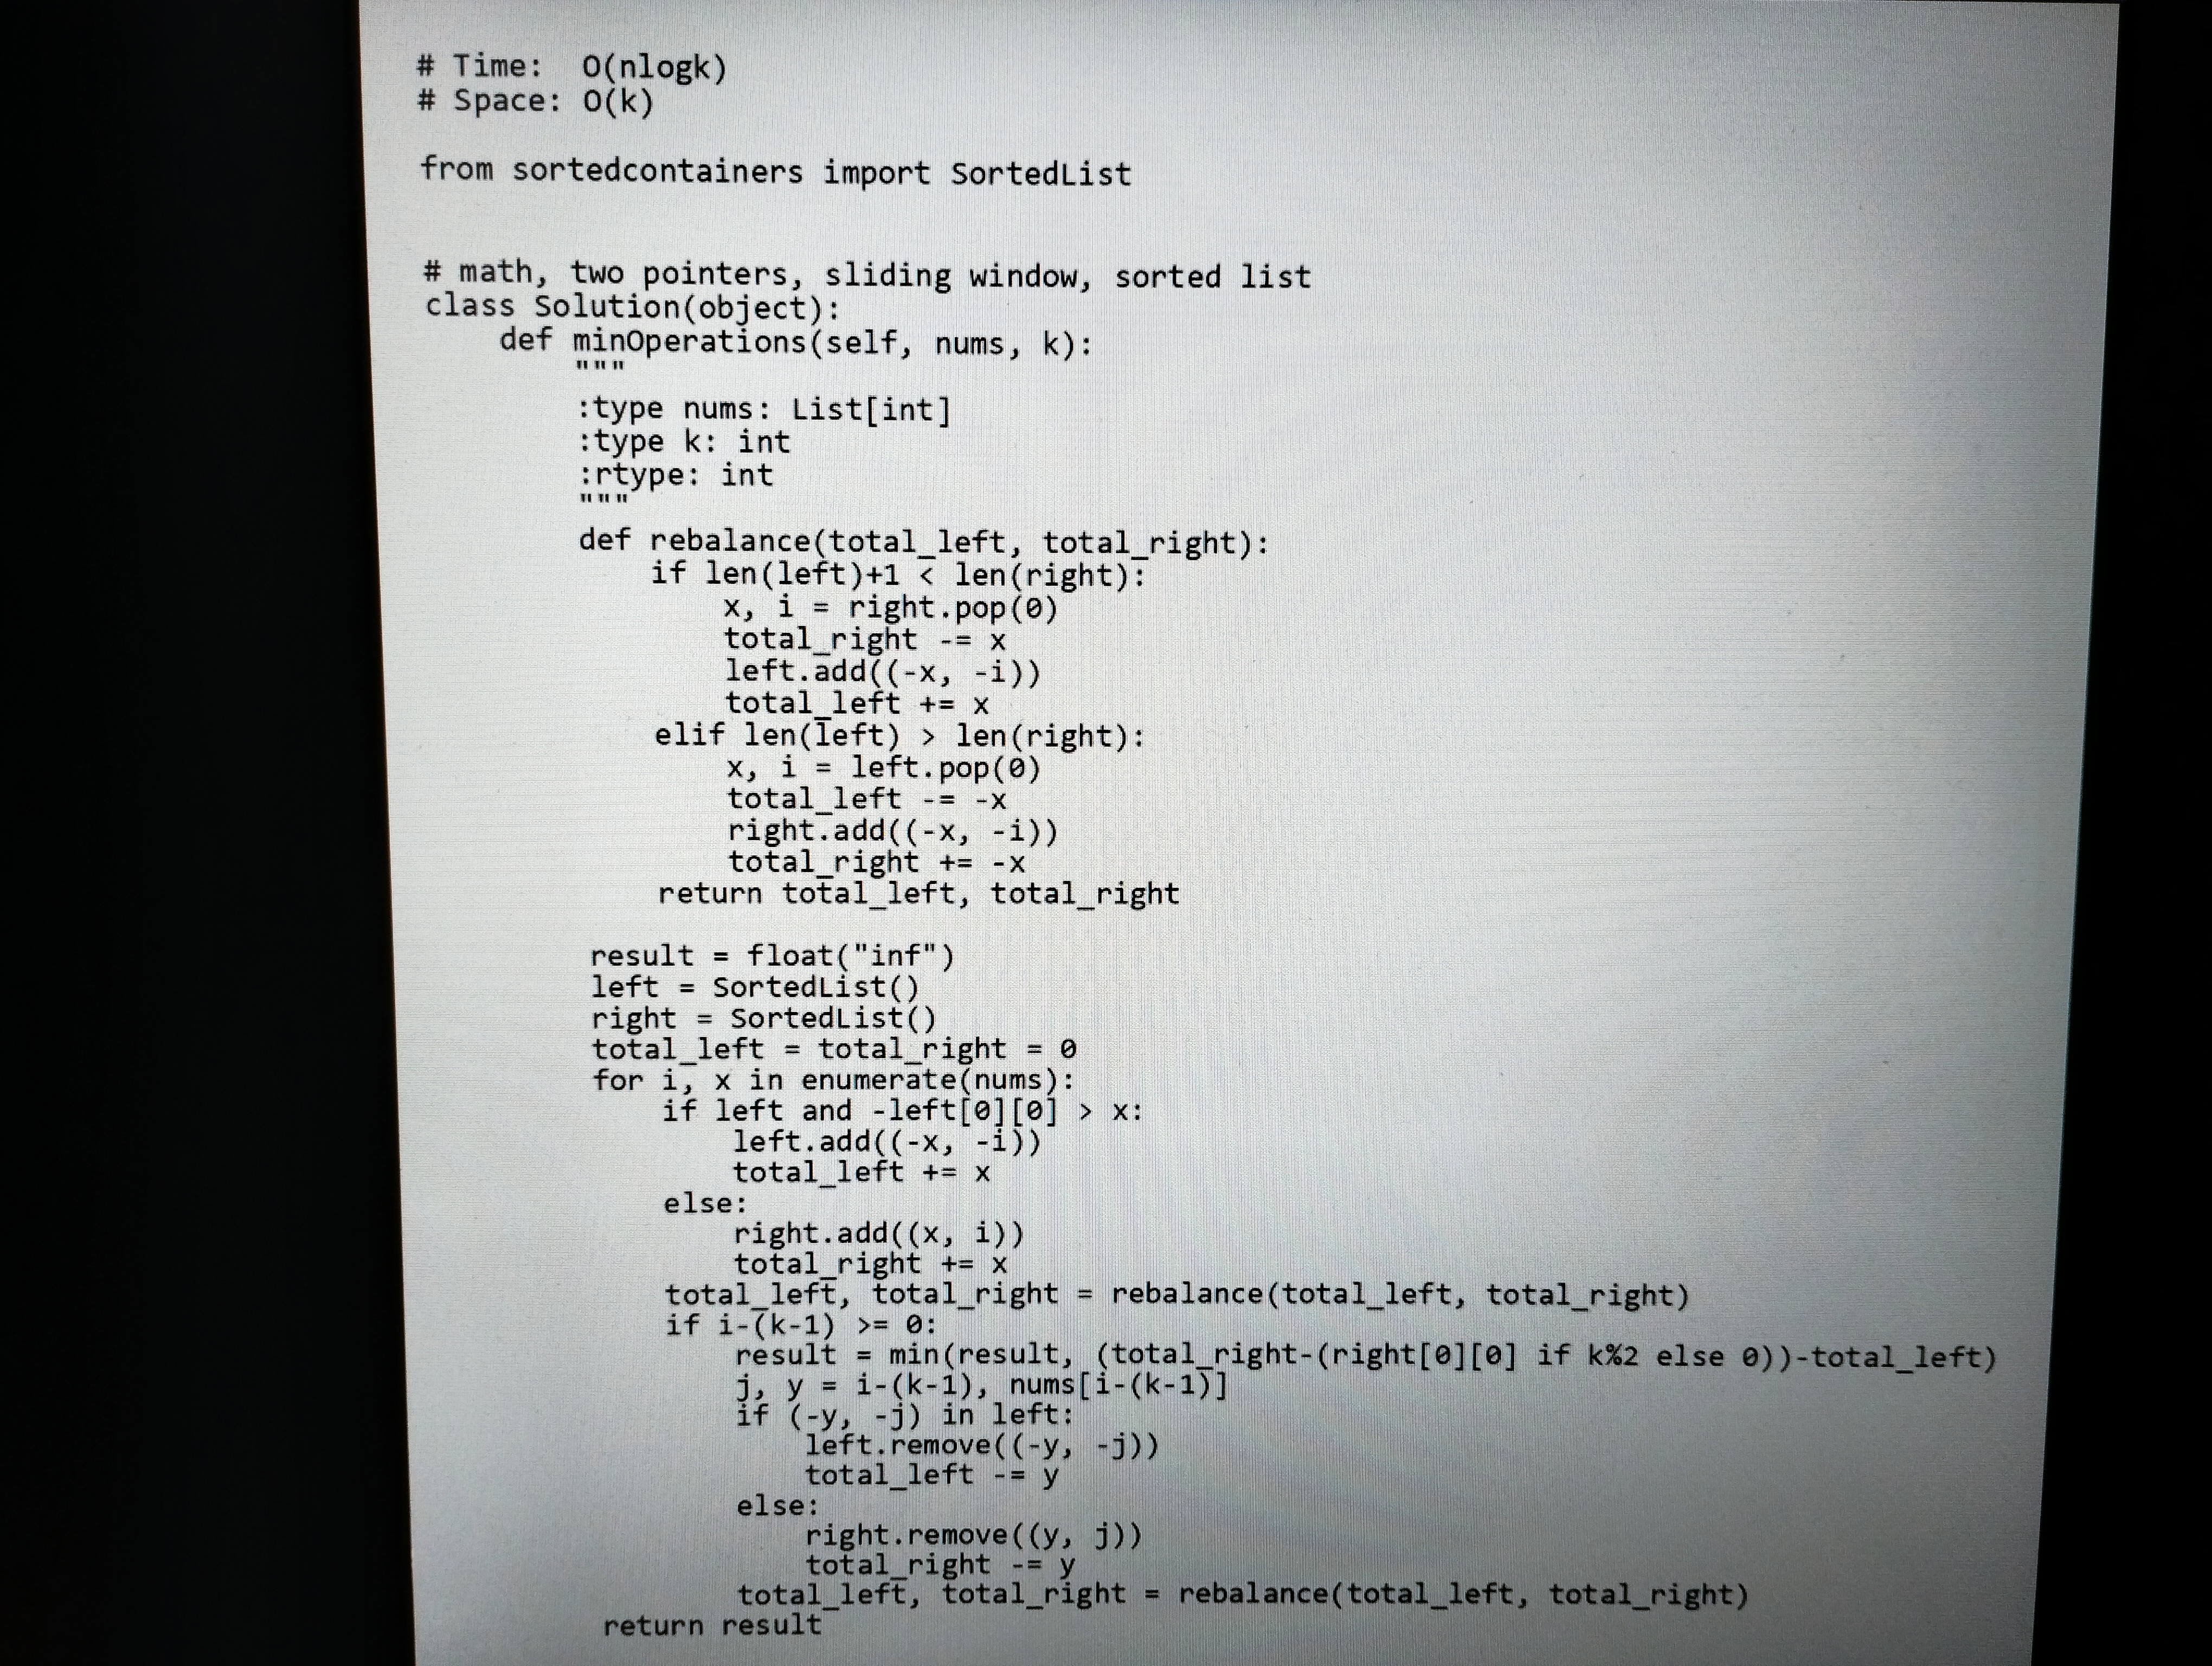
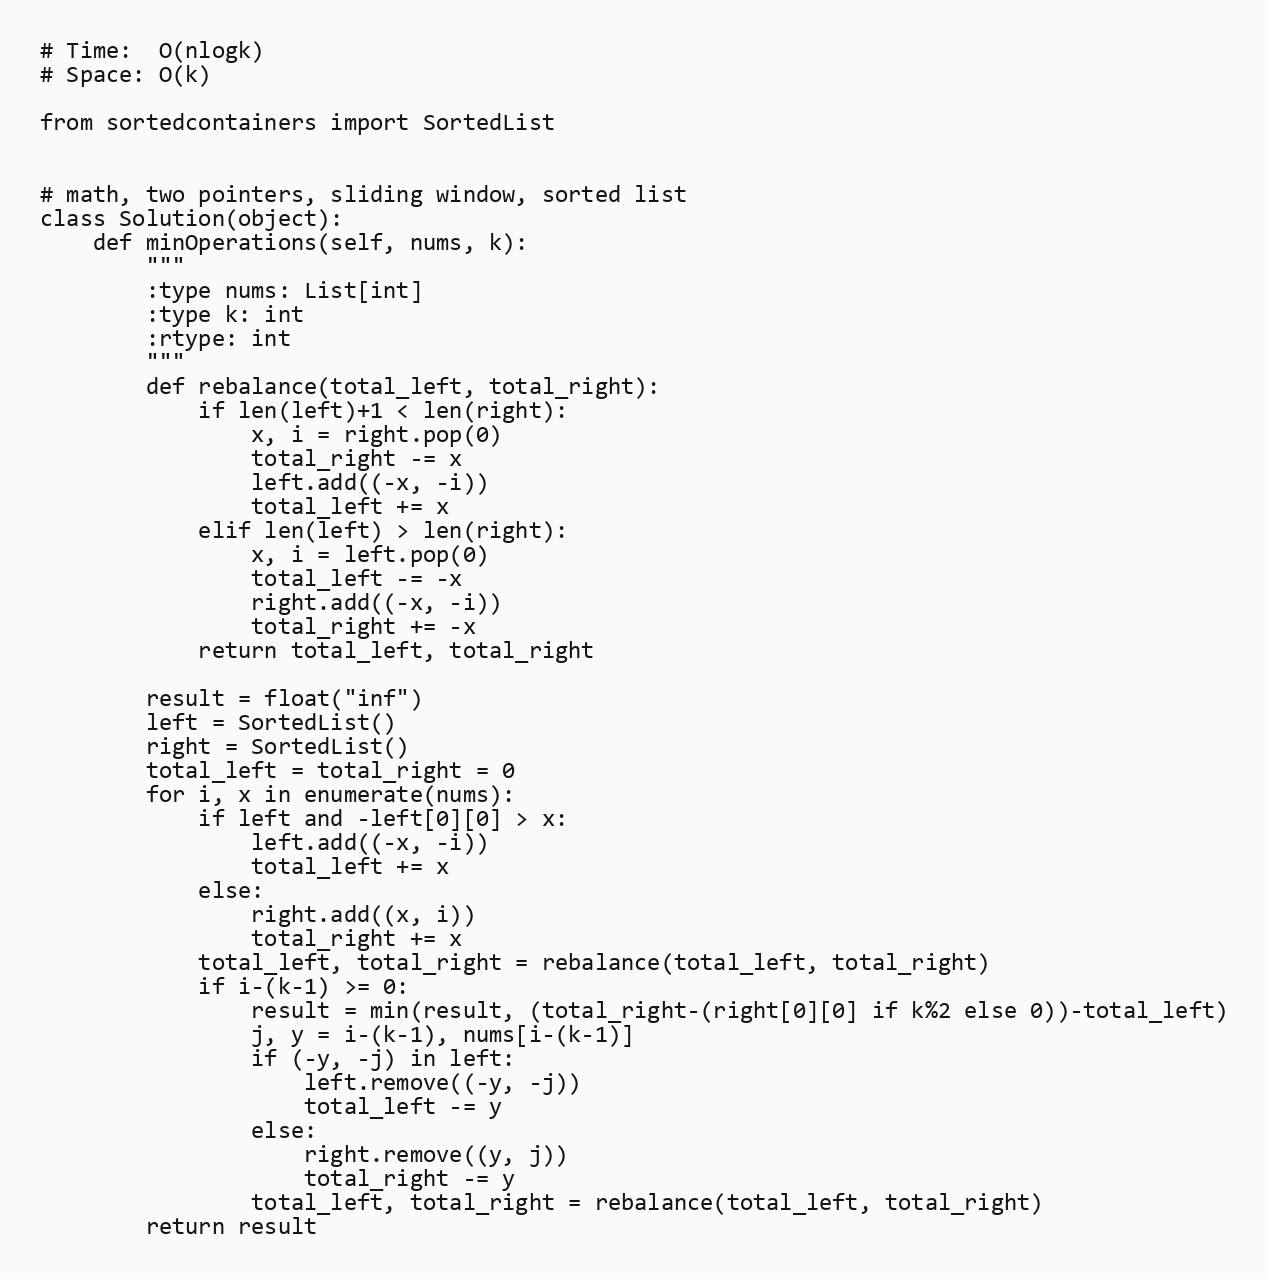
# Time:  O(nlogk)
# Space: O(k)

from sortedcontainers import SortedList

# math, two pointers, sliding window, sorted list
class Solution(object):
    def minOperations(self, nums, k):
        """
        :type nums: List[int]
        :type k: int
        :rtype: int
        """
        def rebalance(total_left, total_right):
            if len(left)+1 < len(right):
                x, i = right.pop(0)
                total_right -= x
                left.add((-x, -i))
                total_left += x
            elif len(left) > len(right):
                x, i = left.pop(0)
                total_left -= -x
                right.add((-x, -i))
                total_right += -x
            return total_left, total_right

        result = float("inf")
        left = SortedList()
        right = SortedList()
        total_left = total_right = 0
        for i, x in enumerate(nums):
            if left and -left[0][0] > x:
                left.add((-x, -i))
                total_left += x
            else:
                right.add((x, i))
                total_right += x
            total_left, total_right = rebalance(total_left, total_right)
            if i-(k-1) >= 0:
                result = min(result, (total_right-(right[0][0] if k%2 else 0))-total_left)
                j, y = i-(k-1), nums[i-(k-1)]
                if (-y, -j) in left:
                    left.remove((-y, -j))
                    total_left -= y
                else:
                    right.remove((y, j))
                    total_right -= y
                total_left, total_right = rebalance(total_left, total_right)
        return result